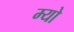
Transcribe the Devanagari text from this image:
म्‍यो